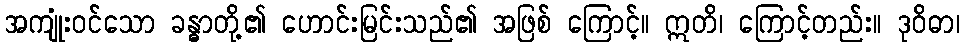
အကျုံးဝင်သော ခန္ဓာတို့၏ ဟောင်းမြင်းသည်၏ အဖြစ် ကြောင့်။ ဣတိ၊ ကြောင့်တည်း။ ဒုဝိဓာ၊